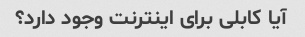
آیا کابلی برای اینترنت وجود دارد؟